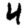
Digit: 4